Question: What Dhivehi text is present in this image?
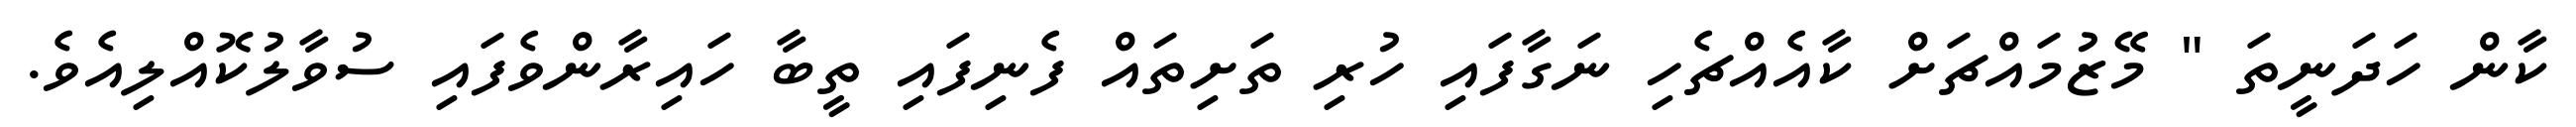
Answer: ކާން ހަދަނީތަ " މޭޒުމައްޗަށް ކާއެއްޗެހި ނަގާފައި ހުރި ތަށިތައް ފެނިފައި ތީބާ ހައިރާންވެފައި ސުވާލުކޮއްލިއެވެ.